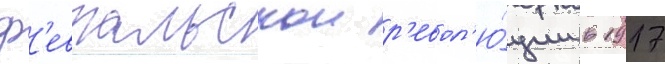
ф'евральскои р'евол'ю́ции в 1917